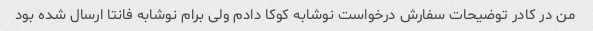
من در کادر توضیحات سفارش درخواست نوشابه کوکا دادم ولی برام نوشابه فانتا ارسال شده بود